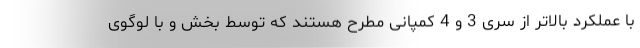
با عملکرد بالاتر از سری 3 و 4 کمپانی مطرح هستند که توسط بخش و با لوگوی